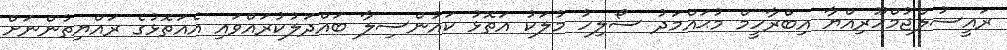
ރައީސުލްޖުމްހޫރިއްޔާ އިބްރާހީމް މުޙައްމަދު ސޯލިހު މުލަކު އަތޮޅު ކައުންސިލާ ބައްދަލުކުރައްވައި އެއަތޮޅުގެ ރައްޔިތުންނަށް